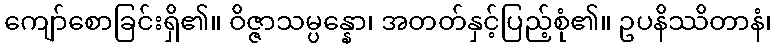
ကျော်စောခြင်းရှိ၏။ ဝိဇ္ဇာသမ္ပန္နော၊ အတတ်နှင့်ပြည့်စုံ၏။ ဥပနိဿိတာနံ၊